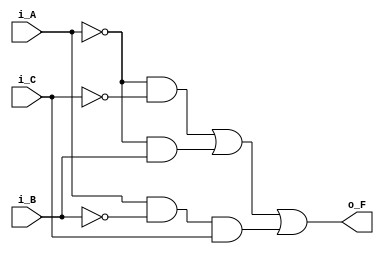
module log_function(i_A, i_B, i_C, o_F);
	input i_A, i_B, i_C;
	output o_F;
	
	assign o_F = (~i_A & ~i_C) | (~i_A & i_B) | (i_A & ~i_B & i_C);
endmodule